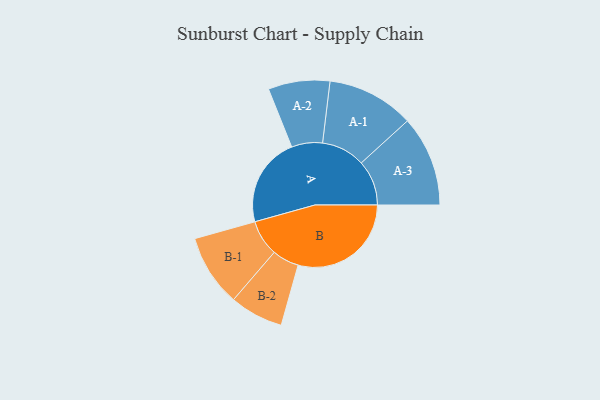
{"axis": {"x": "Segment", "y": "Value"}, "legend": ["", "A", "B"], "data": [{"x": "A", "y": 378, "type": ""}, {"x": "B", "y": 477, "type": ""}, {"x": "A-1", "y": 184, "type": "A"}, {"x": "A-2", "y": 130, "type": "A"}, {"x": "A-3", "y": 191, "type": "A"}, {"x": "B-1", "y": 152, "type": "B"}, {"x": "B-2", "y": 113, "type": "B"}]}